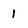
Character: 1